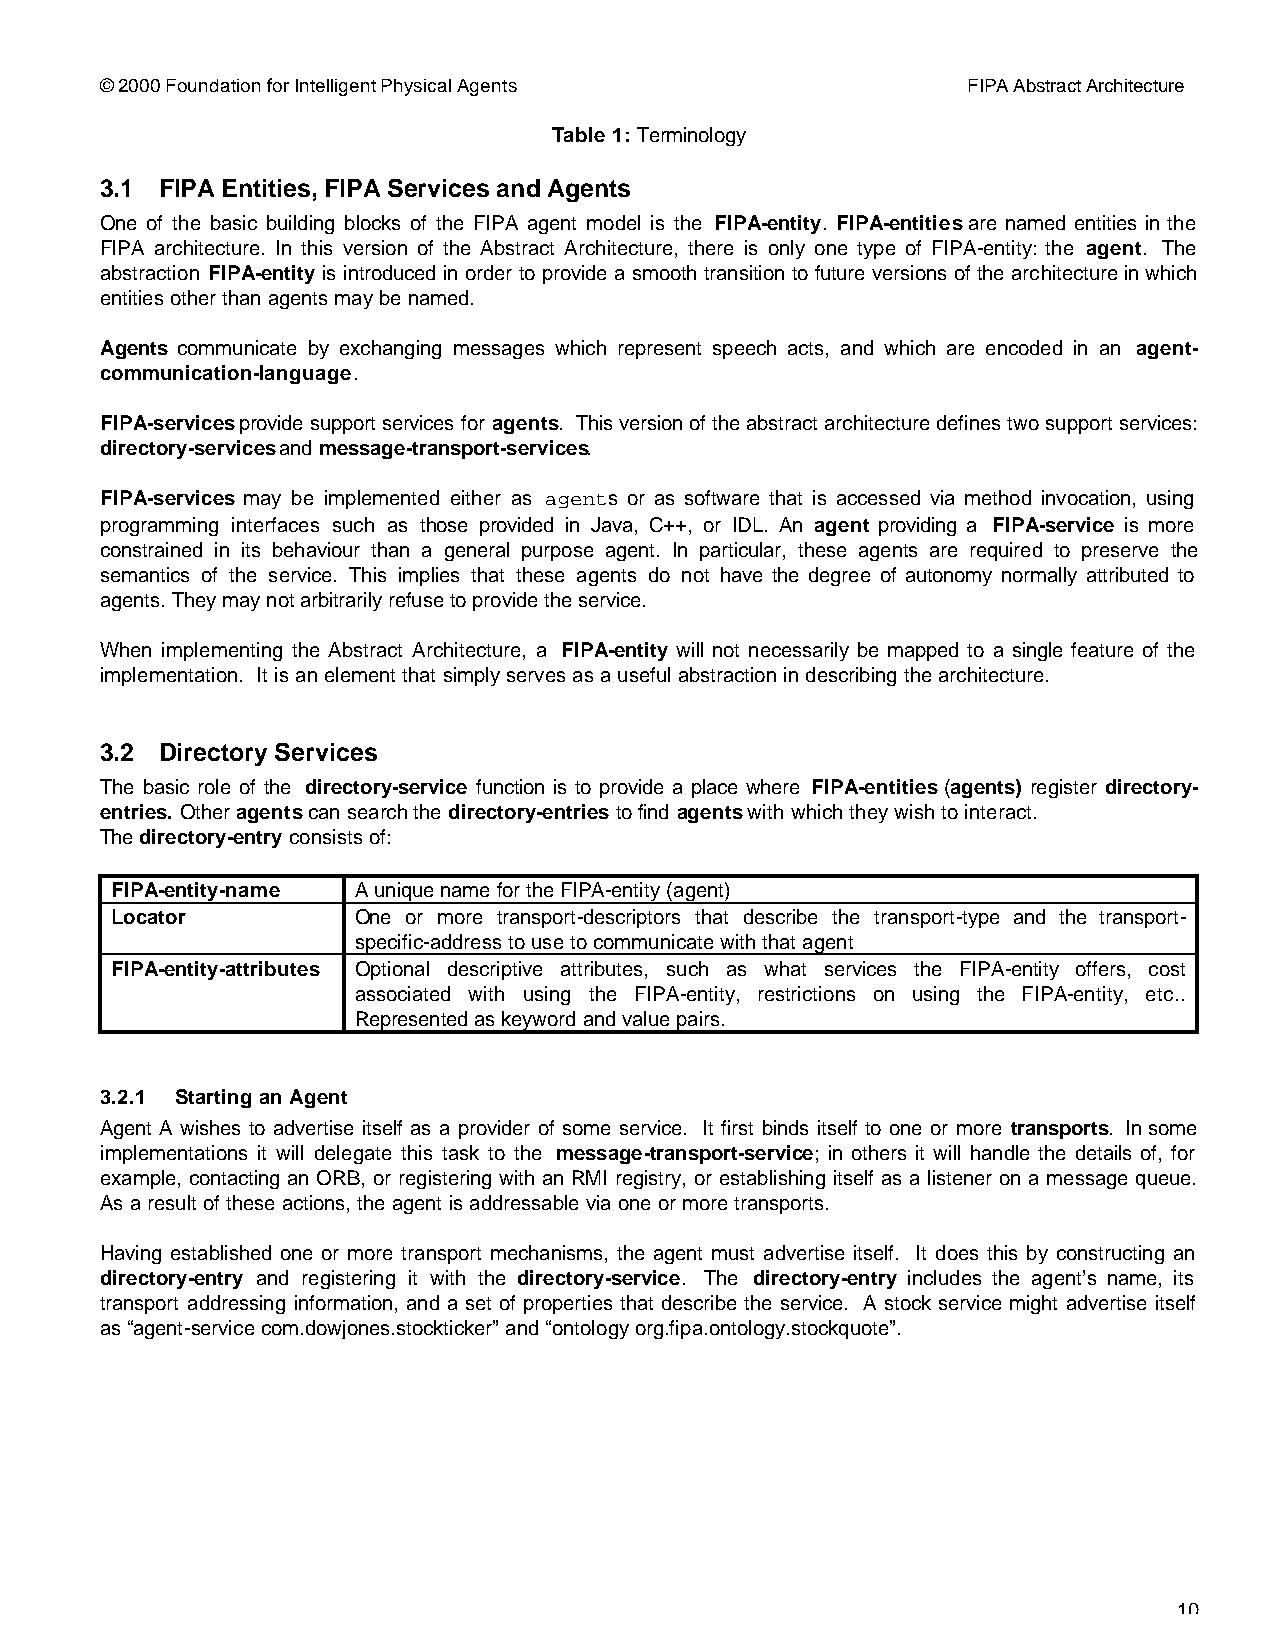
© 2000 Foundation for Intelligent Physical Agents        FIPA Abstract Architecture
 Table 1: Terminology
 3.1 FIPA Entities, FIPA Services and Agents
 One of the basic building blocks of the FIPA agent model is the FIPA-entity. FIPA-entities are named entities in the
 FIPA architecture. In this version of the Abstract Architecture, there is only one type of FIPA-entity: the agent. The
 abstraction FIPA-entity is introduced in order to provide a smooth transition to future versions of the architecture in which
 entities other than agents may be named.
 Agents communicate by exchanging messages which represent speech acts, and which are encoded in an agent-
 communication-language.
 FIPA-services provide support services for agents. This version of the abstract architecture defines two support services:
 directory-services and message-transport-services.
 FIPA-services may be implemented either as agents or as software that is accessed via method invocation, using
 programming interfaces such as those provided in Java, C++, or IDL. An agent providing a FIPA-service is more
 constrained in its behaviour than a general purpose agent. In particular, these agents are required to preserve the
 semantics of the service. This implies that these agents do not have the degree of autonomy normally attributed to
 agents. They may not arbitrarily refuse to provide the service.
 When implementing the Abstract Architecture, a FIPA-entity will not necessarily be mapped to a single feature of the
 implementation. It is an element that simply serves as a useful abstraction in describing the architecture.
 3.2 Directory Services
 The basic role of the directory-service function is to provide a place where FIPA-entities (agents) register directory-
 entries. Other agents can search the directory-entries to find agents with which they wish to interact.
 The directory-entry consists of:
 FIPA-entity-name A unique name for the FIPA-entity (agent)
 Locator         One or more transport-descriptors that describe the transport-type and the transport-
 specific-address to use to communicate with that agent
 FIPA-entity-attributes Optional descriptive attributes, such as what services the FIPA-entity offers, cost
 associated with using the FIPA-entity, restrictions on using the FIPA-entity, etc..
 Represented as keyword and value pairs.
 3.2.1 Starting an Agent
 Agent A wishes to advertise itself as a provider of some service. It first binds itself to one or more transports. In some
 implementations it will delegate this task to the message-transport-service; in others it will handle the details of, for
 example, contacting an ORB, or registering with an RMI registry, or establishing itself as a listener on a message queue.
 As a result of these actions, the agent is addressable via one or more transports.
 Having established one or more transport mechanisms, the agent must advertise itself. It does this by constructing an
 directory-entry and registering it with the directory-service. The directory-entry includes the agent’s name, its
 transport addressing information, and a set of properties that describe the service. A stock service might advertise itself
 as “agent-service com.dowjones.stockticker” and “ontology org.fipa.ontology.stockquote”.
 10